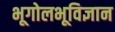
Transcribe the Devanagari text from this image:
भूगोलभूविज्ञान